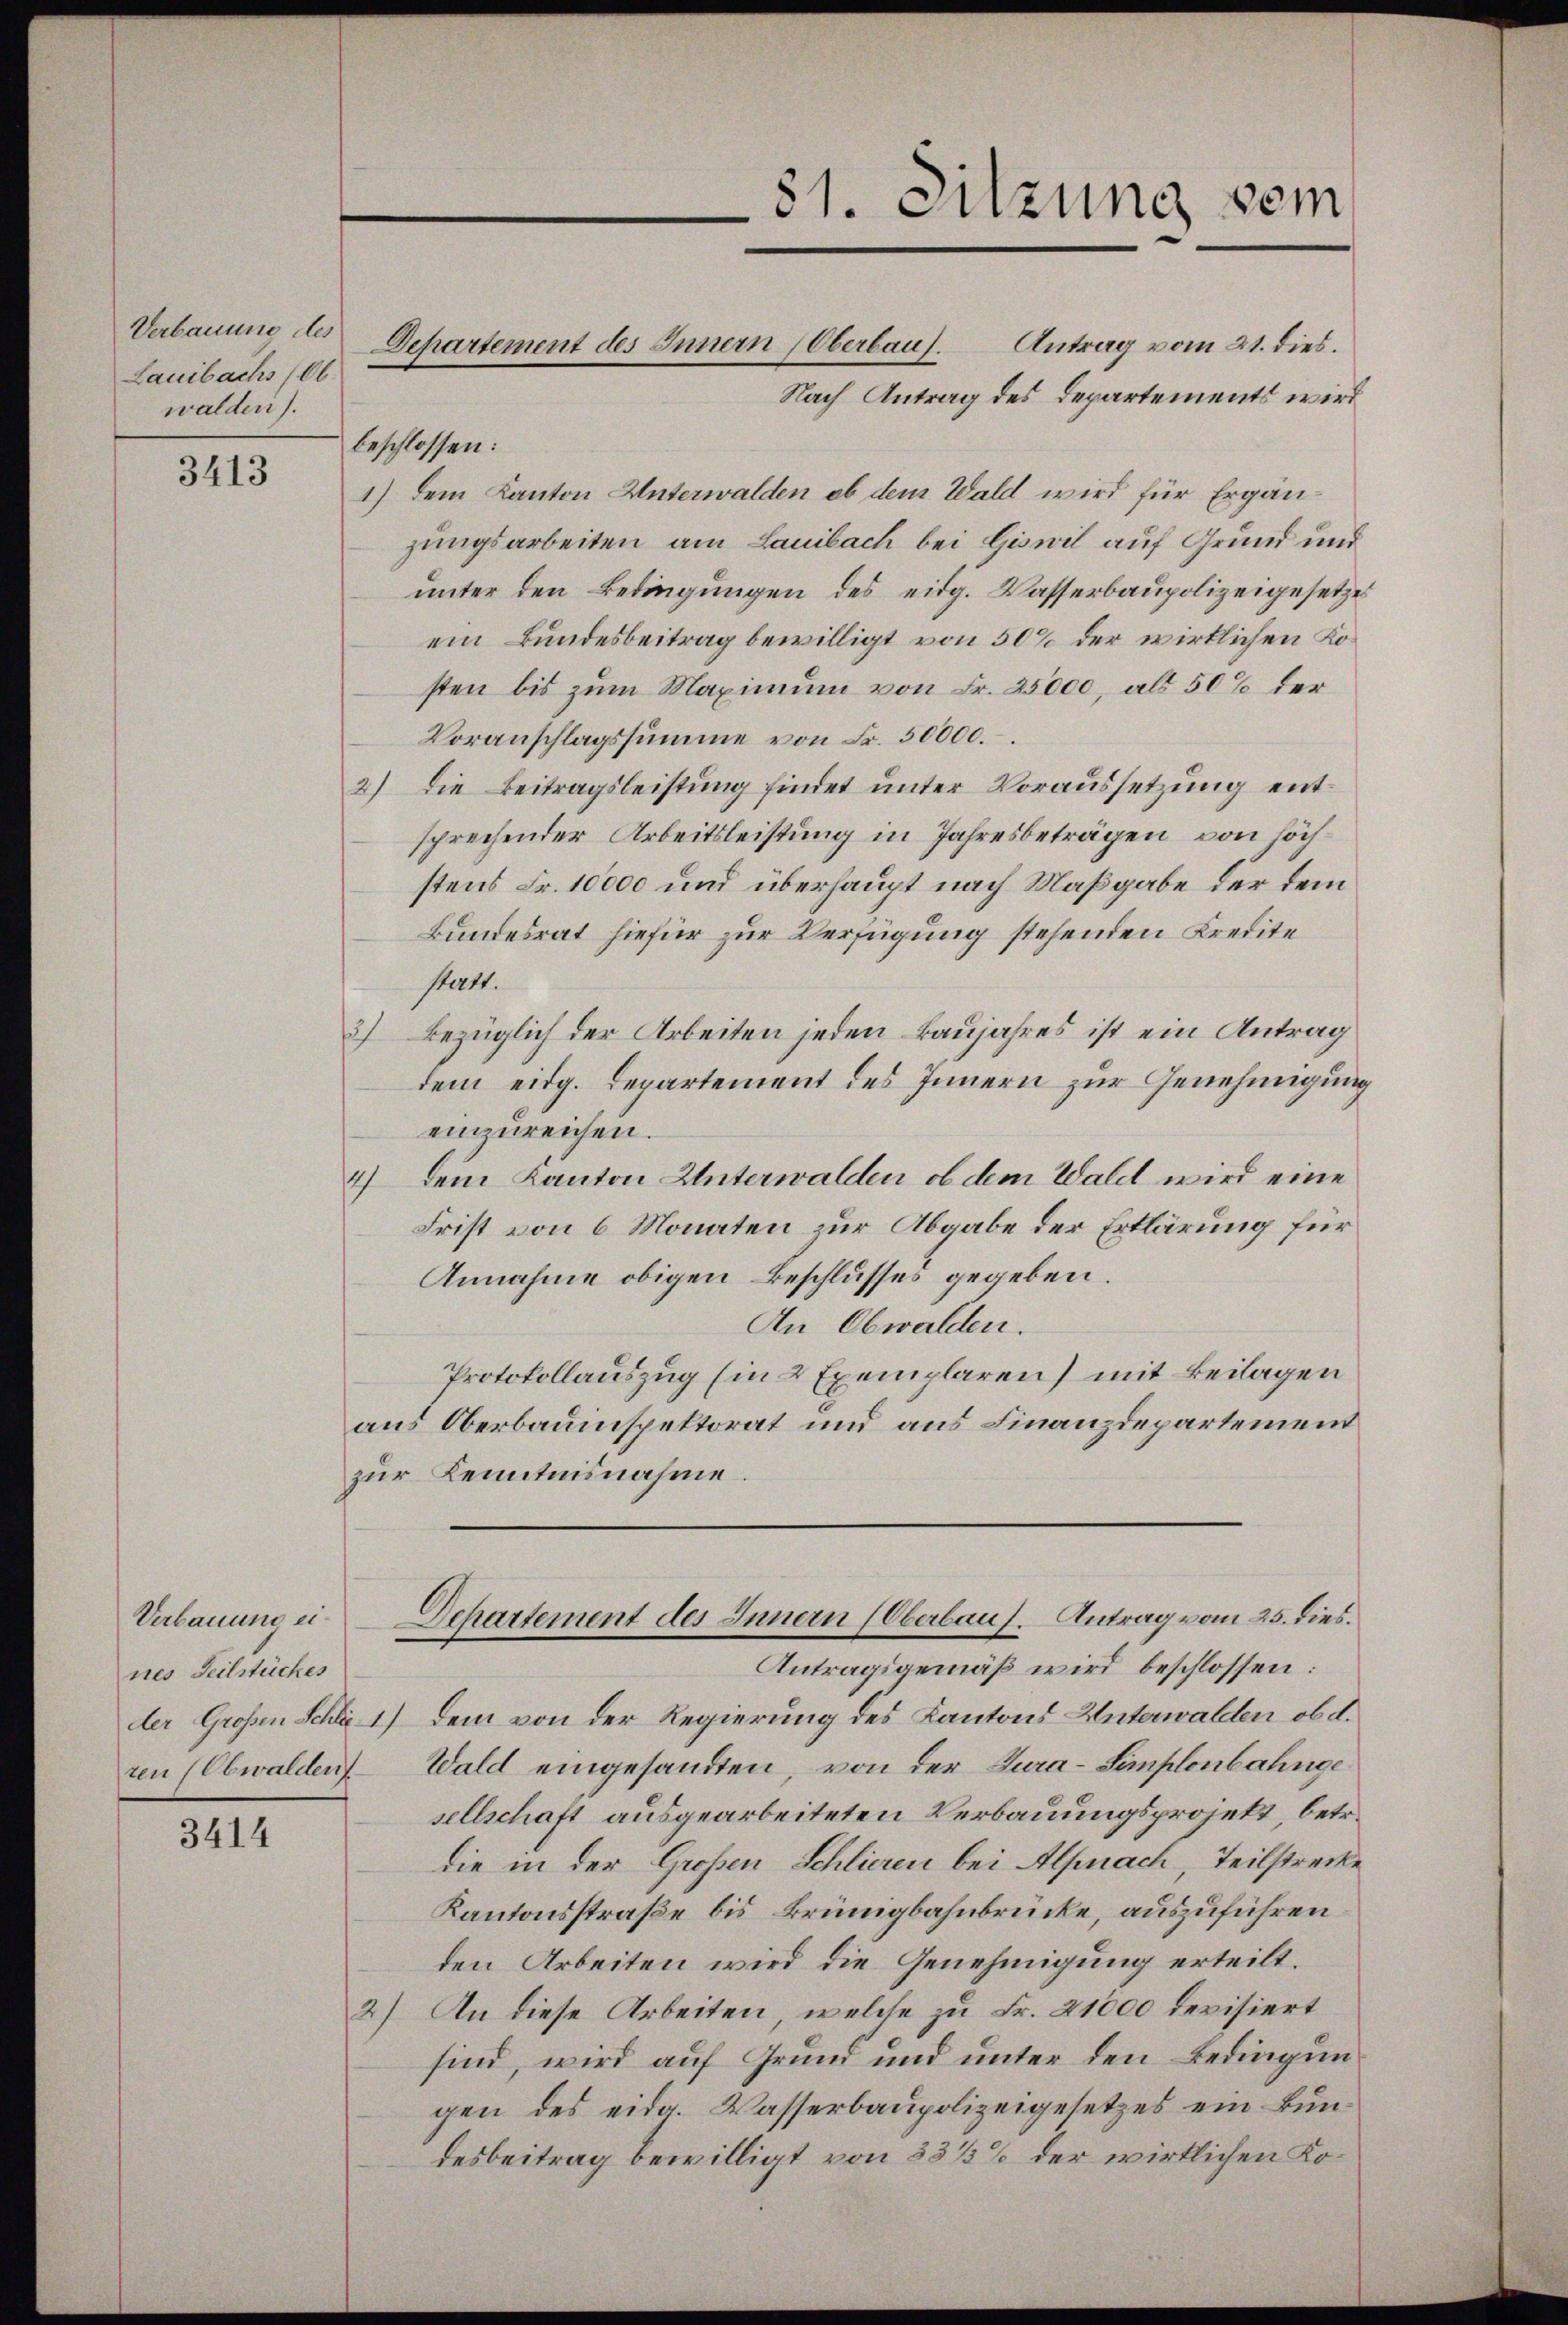
Verbauung des
Lauibachs (Ob.
walden).

3413

Verbauung eines Teilstückes

3414

Departement des Innern (Oberbaus. Antrag vom 21. dies.
Nach Antrag des Departements wird
beschlossen:
1) dem Kanton Unterwalden ob dem Wald wird für Ergänzungsarbeiten am Lauibach bei Giswil auf Grund und
unter den Bedingungen des eidg. Wasserbaupolizeigesetzes
ein Bundesbeitrag bewilligt von 50% der wirklichen Kosten bis zum Maximum von Fr. 25000, als 50% der
Voranschlagssumme von Fr. 30000.
2.) Die Beitragsleistung findet unter Voraussetzung entsprechender Arbeitsleistung in Jahresbeträgen, von höchstens Fr. 10000 und überhaupt nach Maßgabe der dem
Bundesrat hiefür zur Verfügung stehenden Kredite
statt.
bezüglich der Arbeiten jeden Baujahres ist ein Antrag
uf
dem eidg. Departement des Innern zur Genehmigung
einzureichen.
dem Kanton Unterwalden, ob dem Wald wird eine
h
Frist von 6 Monaten zur Abgabe der Erklärung für
Annahme obigen Beschlusses gegeben.
An Obwalden.
Protokollauszug (in 2 Exemplaren) mit Beilagen
aus Oberbauinspektorat und aus Finanzdepartement
zur Kenntnisnahme
Departement des Innern (Oberbaus. Antrag vom 25. dies.
Antragsgemäß wird beschlossen:
der Großen Schli 1) Dem von der Regierung des Kantons Unterwalten ob d.
ten (Obwalden Wald eingesandten, von der Jura-Simplonbahnge
sellschaft ausgearbeiteten Verbauungsprojekt, betr.
die in der Großen Schlieren bei Alpnach, Teilstrecke
Kantonsstraße bis Brünigbahnbrücke, auszuführen
den Arbeiten wird die Genehmigung erteilt.
2) An diese Arbeiten, welche zu Fr. 21000 Revisiert
sind, wird auf Grund und unter den Bedingungen des eidg. Wasserbaupolizeigesetzes ein Bundesbeitrag bewilligt von 33 1/2% der wirklichen Ko¬

81. Sitzung vom